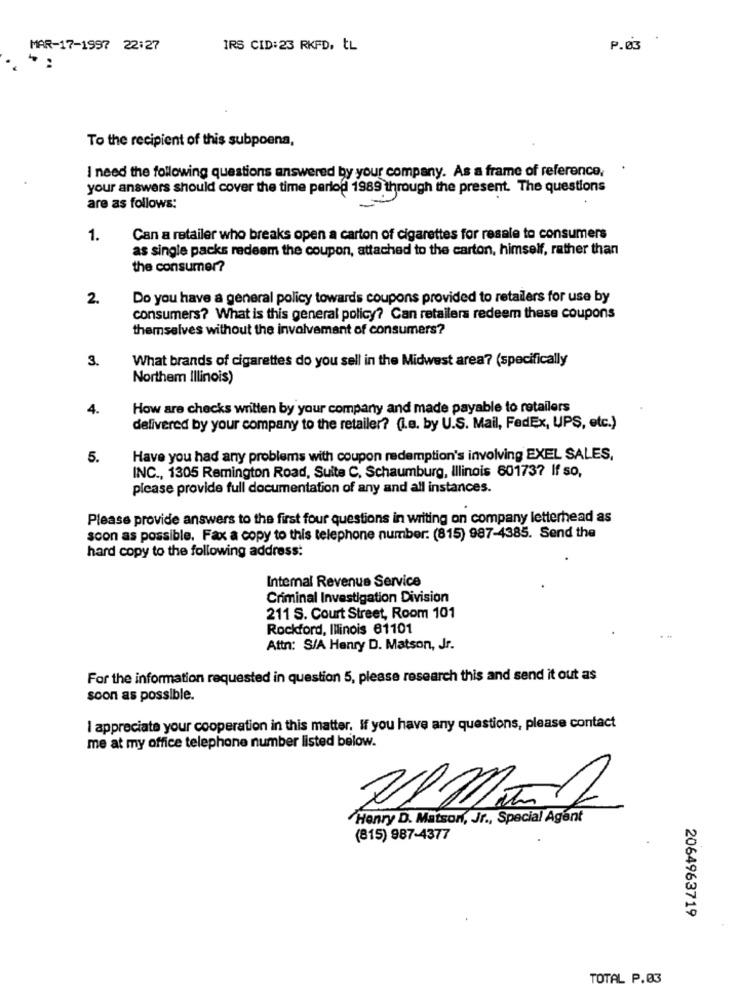
MAR-17-1997 22:27
IRS CID:23 RKFD. tL
P.03
To the recipient of this subpoena,
I need the following questions answered by your company. As a frame of reference,
your answers should cover the time period 1989 through the present. The questions
are as follows:
1.
Can a retailer who breaks open a carton of cigarettes for resale to consumers
as single packs redeem the coupon, attached to the carton, himself, rather than
the consumer?
2.
Do you have a general policy towards coupons provided to retailers for use by
consumers? What is this general policy? Can retailers redeem these coupons
themselves without the involvement of consumers?
3.
What brands of cigarettes do you sell in the Midwest area? (specifically
Northem Illinois)
4.
How are checks written by your company and made payable to retailers
delivered by your company to the retailer? (i.e. by U.S. Mail, FedEx, UPS, etc.)
5.
Have you had any problems with coupon redemption's involving EXEL SALES,
INC ., 1305 Remington Road, Suite C, Schaumburg, Illinois 601737 If so,
please provide full documentation of any and all instances.
Please provide answers to the first four questions in writing on company letterhead as
soon as possible. Fax a copy to this telephone number. (815) 987-4385. Send the
hard copy to the following address:
Internal Revenue Service
Criminal Investigation Division
211 S. Court Street, Room 101
Rockford, Illinois 61101
Attn: S/A Henry D. Matson, Jr.
For the information requested in question 5, please research this and send it out as
soon as possible.
I appreciate your cooperation in this matter. If you have any questions, please contact
me at my office telephone number listed below.
Henry D. Matson, Jr ., Special Agent
(815) 987-4377
2064963719
TOTAL P.03